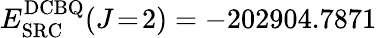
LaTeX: E_{\mathrm{SRC}}^{\mathrm{DCBQ}}(J\! =\! 2)=-202904.7871